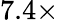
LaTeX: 7.4\times